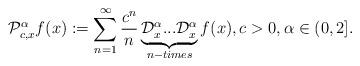
LaTeX: \begin{align*}\mathcal{P}_{c,x}^{\alpha }f(x):=\sum_{n=1}^{\infty }\frac{c^{n}}{n}\underbrace{\mathcal{D}_{x}^{\alpha }...\mathcal{D}_{x}^{\alpha }}_{n-times}f(x),c>0,\alpha \in (0,2]. \end{align*}